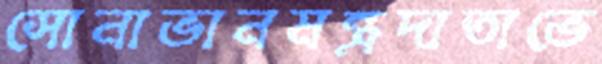
সোনাভানমন্ত্রদাতাভে